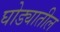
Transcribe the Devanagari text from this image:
घोड्यातील